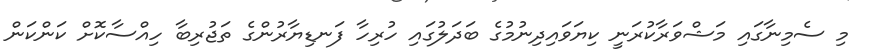
މި ސެމިނާގައި މަޝްވަރާކުރަނީ ކިޔަވައިދިނުމުގެ ބަދަލުގައި ހުރިހާ ފަނޑިޔާރުންގެ ތަޖުރިބާ ހިއްސާކޮށް ކަންކަން